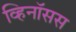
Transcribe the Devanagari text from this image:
व्हिनॉसस